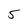
Character: 5